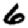
Digit: 6